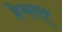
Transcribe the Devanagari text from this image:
हेमन्‍त